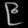
Digit: ၉